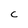
Character: C